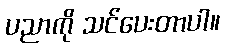
ပညာကို သင်ပေးတာပါ။